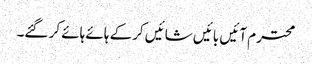
محترم آئیں بائیں شائیں کرکے ہائے ہائے کر گئے۔